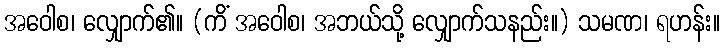
အဝေါစ၊ လျှောက်၏။ (ကိံ အဝေါစ၊ အဘယ်သို့ လျှောက်သနည်း။) သမဏ၊ ရဟန်း။